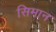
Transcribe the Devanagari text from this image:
सिमान